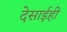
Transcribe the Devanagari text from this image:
देसाईही